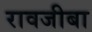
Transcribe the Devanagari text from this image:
रावजीबा